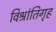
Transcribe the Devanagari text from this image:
विश्रांतिगृह